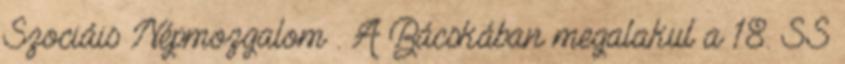
Szociáis Népmozgalom . A Bácskában megalakul a 18. SS